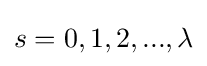
s=0,1,2,...,\lambda